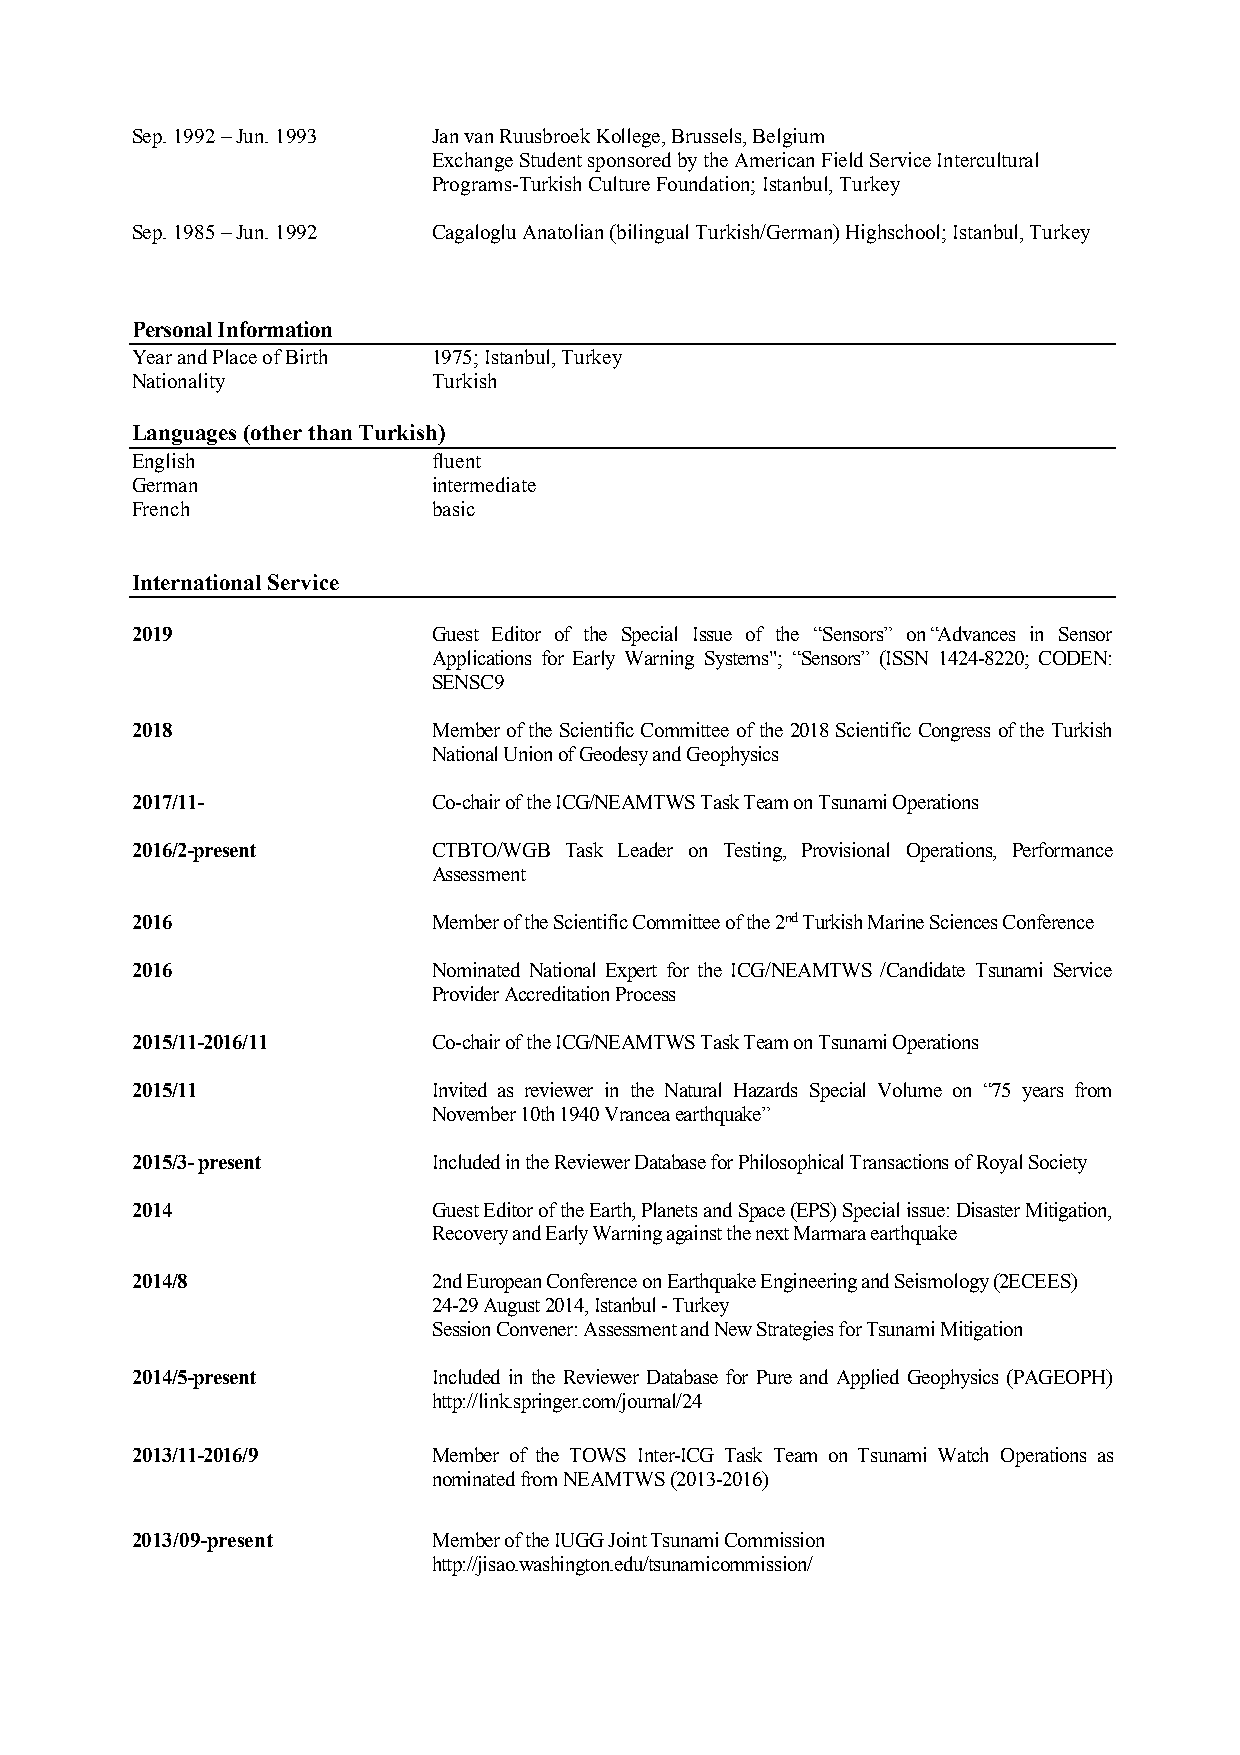
3
 Sep. 1992 – Jun. 1993 Jan van Ruusbroek Kollege, Brussels, Belgium
 Exchange Student sponsored by the American Field Service Intercultural
 Programs-Turkish Culture Foundation; Istanbul, Turkey
 Sep. 1985 – Jun. 1992 Cagaloglu Anatolian (bilingual Turkish/German) Highschool; Istanbul, Turkey
 Personal Information
 Year and Place of Birth 1975; Istanbul, Turkey
 Nationality         Turkish
 Languages (other than Turkish)
 English             fluent
 German              intermediate
 French              basic
 International Service
 2019                Guest Editor of the Special Issue of the “Sensors” on “Advances in Sensor
 Applications for Early Warning Systems"; “Sensors” (ISSN 1424-8220; CODEN:
 SENSC9
 2018                Member of the Scientific Committee of the 2018 Scientific Congress of the Turkish
 National Union of Geodesy and Geophysics
 2017/11-            Co-chair of the ICG/NEAMTWS Task Team on Tsunami Operations
 2016/2-present      CTBTO/WGB Task Leader on Testing, Provisional Operations, Performance
 Assessment
 2016                Member of the Scientific Committee of the 2nd Turkish Marine Sciences Conference
 2016                Nominated National Expert for the ICG/NEAMTWS /Candidate Tsunami Service
 Provider Accreditation Process
 2015/11-2016/11     Co-chair of the ICG/NEAMTWS Task Team on Tsunami Operations
 2015/11             Invited as reviewer in the Natural Hazards Special Volume on “75 years from
 November 10th 1940 Vrancea earthquake”
 2015/3- present     Included in the Reviewer Database for Philosophical Transactions of Royal Society
 2014                Guest Editor of the Earth, Planets and Space (EPS) Special issue: Disaster Mitigation,
 Recovery and Early Warning against the next Marmara earthquake
 2014/8              2nd European Conference on Earthquake Engineering and Seismology (2ECEES)
 24-29 August 2014, Istanbul - Turkey
 Session Convener: Assessment and New Strategies for Tsunami Mitigation
 2014/5-present      Included in the Reviewer Database for Pure and Applied Geophysics (PAGEOPH)
 http://link.springer.com/journal/24
 2013/11-2016/9      Member of the TOWS Inter-ICG Task Team on Tsunami Watch Operations as
 nominated from NEAMTWS (2013-2016)
 2013/09-present     Member of the IUGG Joint Tsunami Commission
 http://jisao.washington.edu/tsunamicommission/
 3